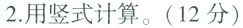
2. 用竖式计算。(12分)